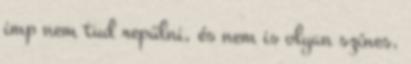
imp nem tud repülni, és nem is olyan színes,